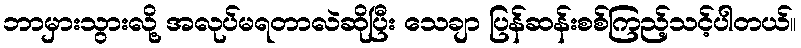
ဘာမှားသွားလို့ အလုပ်မရတာလဲဆိုပြီး သေချာ ပြန်ဆန်းစစ်ကြည့်သင့်ပါတယ်။